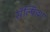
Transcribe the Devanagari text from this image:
सॅल्फ़िश